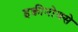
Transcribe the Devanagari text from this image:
इक्वीनोक्से